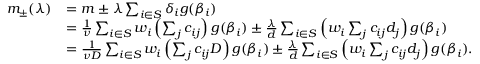
\begin{array} { r l } { m _ { \pm } ( \lambda ) } & { = m \pm \lambda \sum _ { i \in S } \delta _ { i } g ( \beta _ { i } ) } \\ & { = \frac { 1 } { \nu } \sum _ { i \in S } w _ { i } \left( \sum _ { j } c _ { i j } \right) g ( \beta _ { i } ) \pm \frac { \lambda } { d } \sum _ { i \in S } \left( w _ { i } \sum _ { j } c _ { i j } d _ { j } \right) g ( \beta _ { i } ) } \\ & { = \frac { 1 } { \nu D } \sum _ { i \in S } w _ { i } \left( \sum _ { j } c _ { i j } D \right) g ( \beta _ { i } ) \pm \frac { \lambda } { d } \sum _ { i \in S } \left( w _ { i } \sum _ { j } c _ { i j } d _ { j } \right) g ( \beta _ { i } ) . } \end{array}